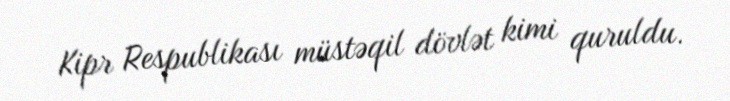
Kipr Respublikası müstəqil dövlət kimi quruldu.